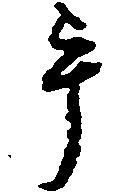
畢